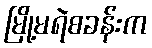
မြို့မရဲစခန်းက